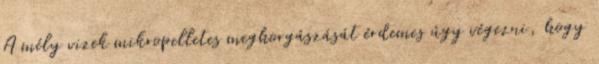
A mély vizek mikropelletes meghorgászását érdemes úgy végezni, hogy